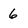
Character: 6